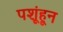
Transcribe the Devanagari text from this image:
पशूंहून